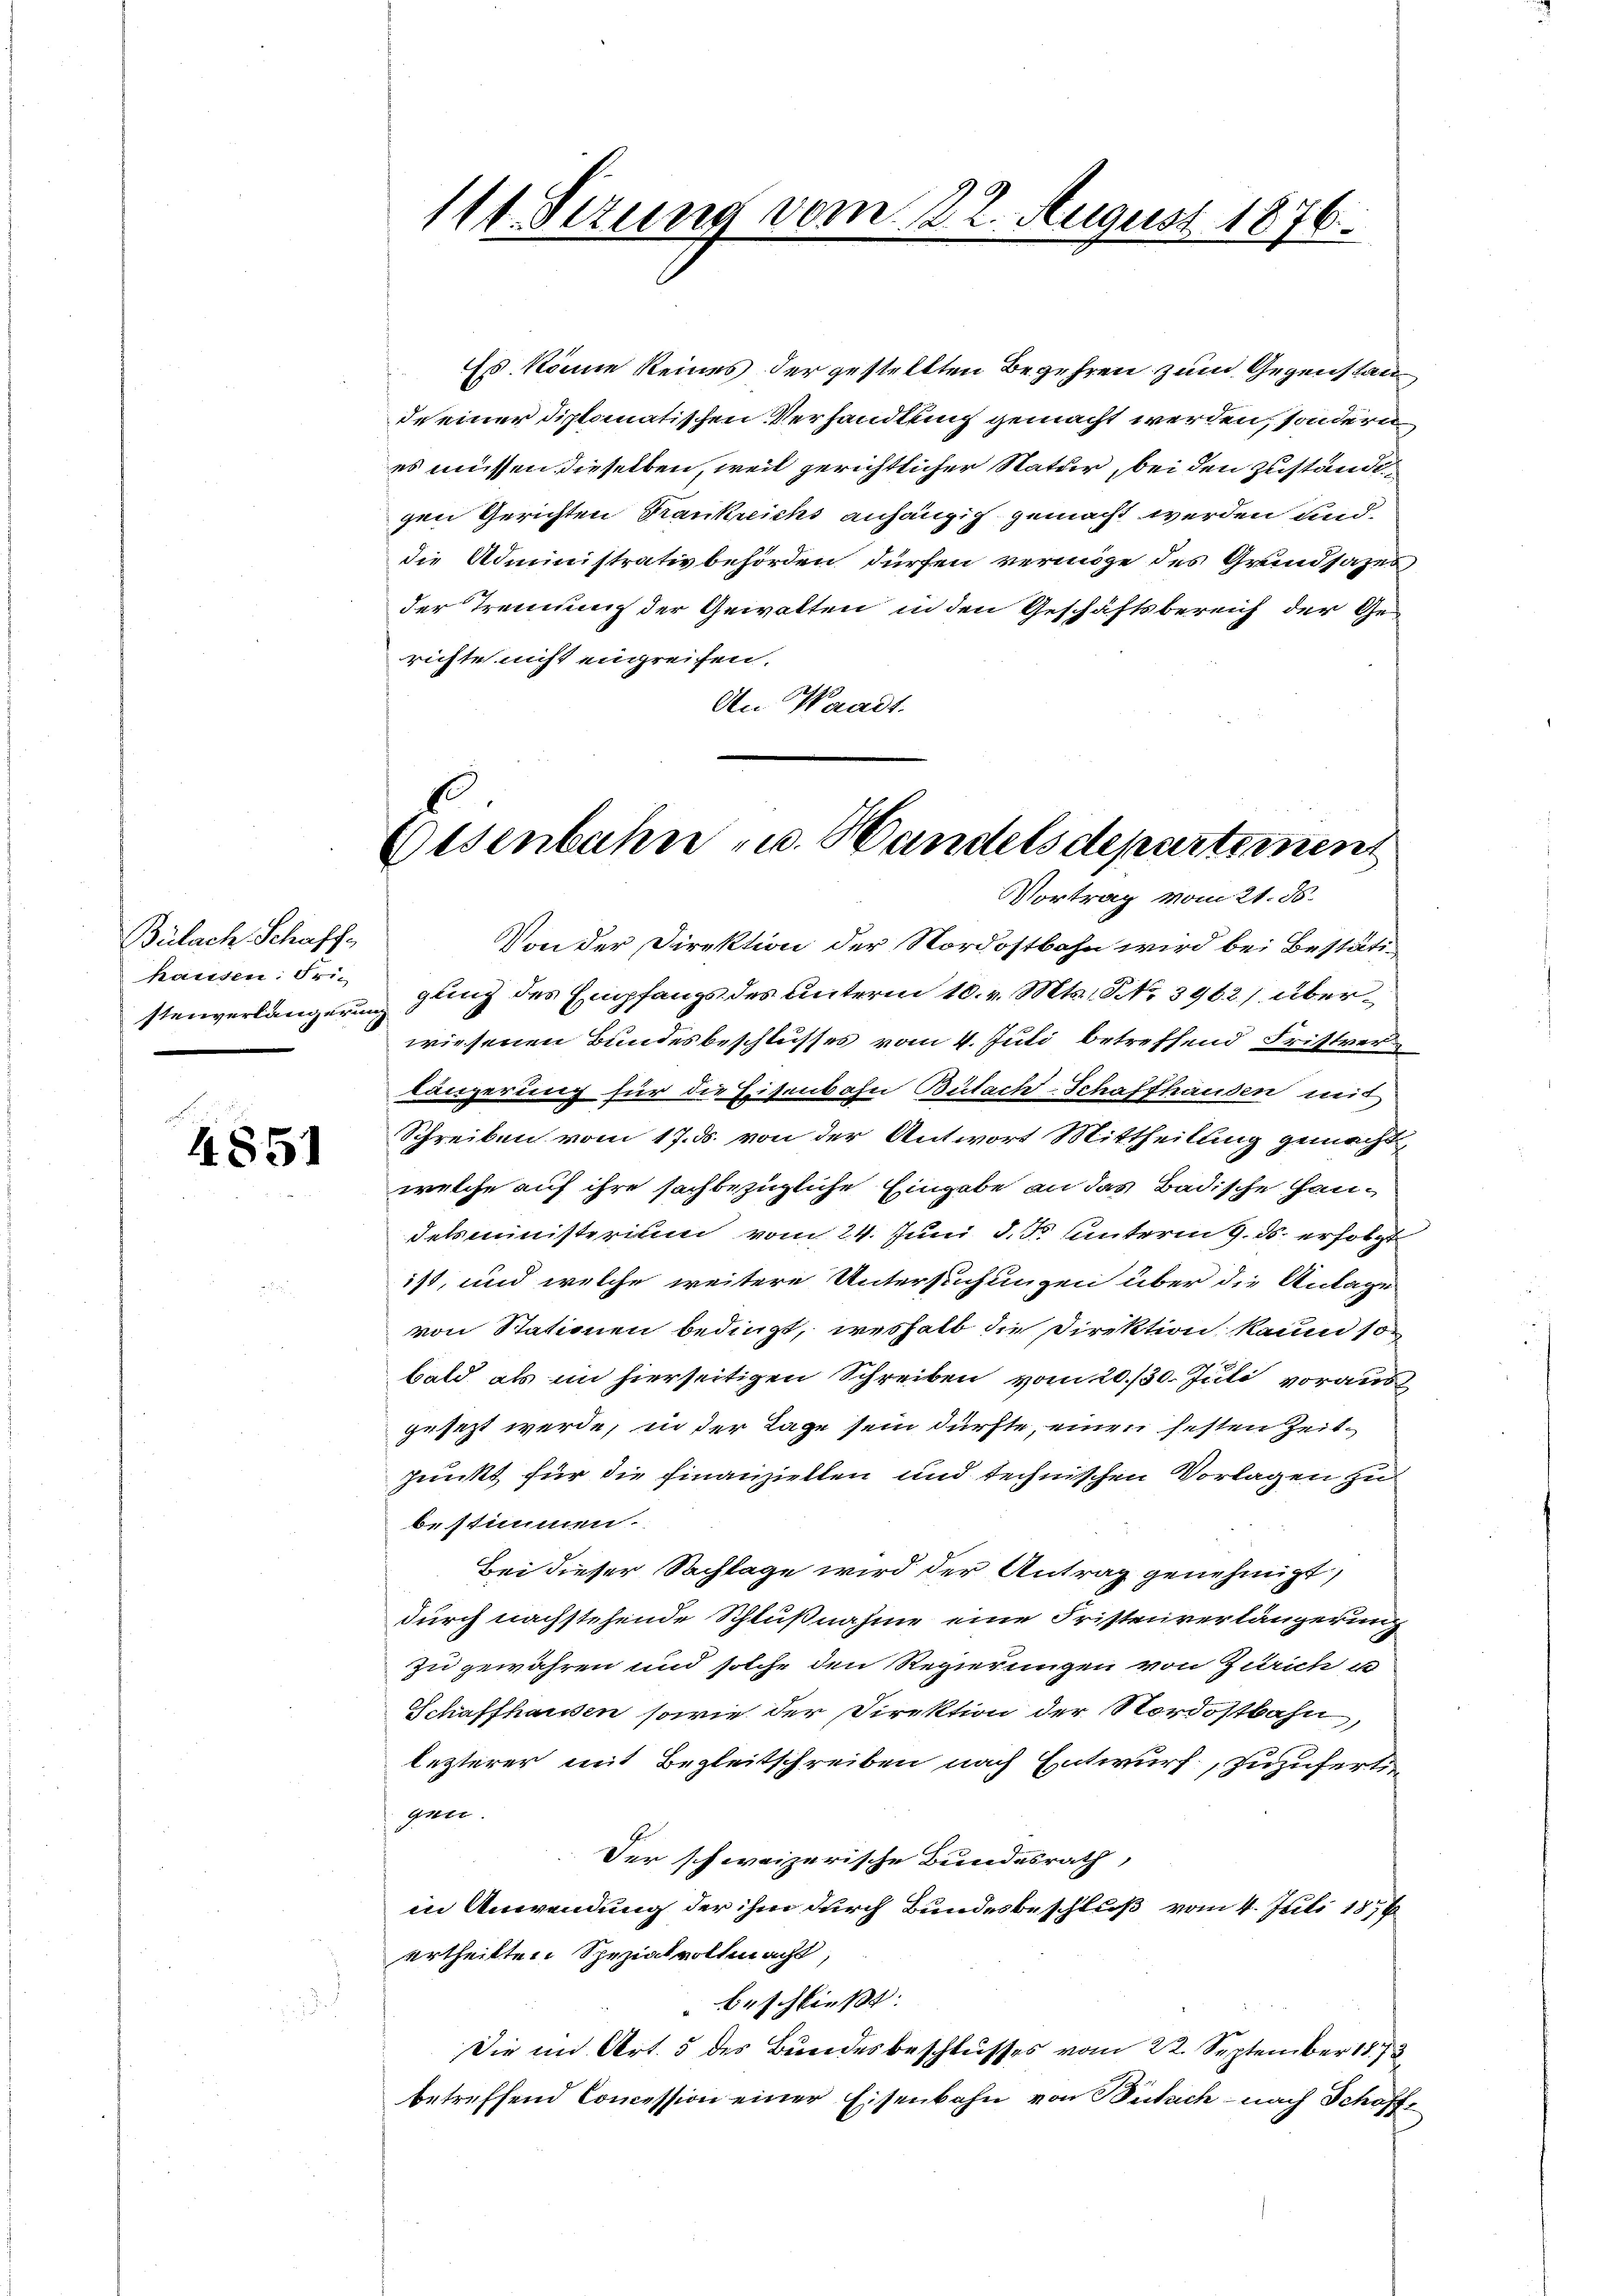
Bülach Schaff
hausen: Fri-

4851

111. Serung vom 22. August 1876.

Eisenbahn u. Handelsdepartement
Vortrag vom 21. ds.

EEs könne keines der gestellten Begehren zum Gegenstande einer diplomatischen Verhandlung gemacht werden, sondern
es müssen dieselben, weil gerichtlicher Natur, bei den zuständi
gen Gerichten Krankreichs anhängig gemacht werden und
die Administrativbehörden dürfen vermöge des Grundsazes
der Trennung der Gewalten in den Geschäftsbereich der Gerichte nicht eingreifen.
An Waadt.
Von der Direktion der Nordostbahn wird bei Bestätistenverlängerung gung des Empfangs des Unterm 10. v. Mts., No. 3962) überwiesenen Bundesbeschlusses vom 4. Juli betreffend Fristver
längerung für die Eisenbahn Bülach-Schaffhanden mit
Schreiben vom 17. ds. von der Antwort Mittheilung gemacht,
welche auf ihre sachbezügliche Eingabe an das Badische Handetsministerium vom 24. Juni d. d. unterm 9. ds. erfolgt
ist, und welche weitere Untersuchungen über die Anlage
von Stationen bedingt, weshalb die Direktion kaum so
bald als im hierseitigen Schreiben vom 20./30. Juli voraus
gesezt werde, in der Lage sein dürfte, einen festen Zeitjunkt für die Finanziellen und technischen Vorlagen zu
bestimmen.
Bei dieser Sachlage wird der Antrag genehmigt,
durch nachstehende Schlußnahme eine Fristenverlängerung
zu gewähren und solche den Regierungen von Zürich u
Schaffhausen sowie der Direktion der Nordostbahn,
lezterer mit Begleitschreiben nach Entwurf, zuzufert
grei
Der schweizerische Bundesrath,
in Anwendung der ihm durch Bundesbeschluß vom 4. Juli 1876
urtheilten Spezialvollmacht,
beschließt:
Die im Art. 5 des Bundesbeschlusses vom 22. September 1878
betreffend Concession einer Eisenbahn von Betrich - nach Schöff¬